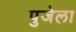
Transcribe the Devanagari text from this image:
पुजेला